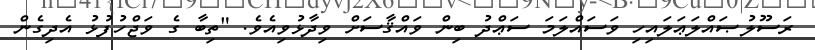
ރަސޫލުޞައްލަޢަލައިހި ވަސައްލަމަ ސަޢްދު ބިން ވައްޤާސަށް ވިދާޅުވިއެވެ. "ތިބާ ގެ ވަޖްހުފުޅު އެދިގެން